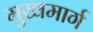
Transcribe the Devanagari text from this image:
मुखमार्ग